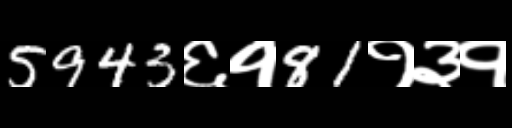
Text: 5943६१81१३१